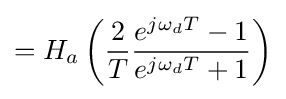
=H_{a}\left({\frac {2}{T}}{\frac {e^{j\omega _{d}T}-1}{e^{j\omega _{d}T}+1}}\right)